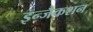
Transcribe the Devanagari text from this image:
इन्जैकशन